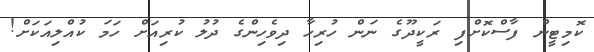
ކޮމިޓީން ފާސްކޮށްފި ރަކީދޫގެ ނަން ހުރިހާ ދިވެހިންގެ ދުލު ކުރިއަށް ހަމަ ކުއްލިއަކަށް!